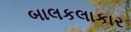
બાલકલાકાર